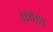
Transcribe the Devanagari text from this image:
फ़ोड़ा